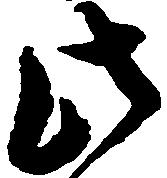
此